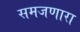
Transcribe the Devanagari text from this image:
समजणारा